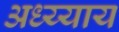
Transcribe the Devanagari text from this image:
अध्य्याय